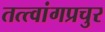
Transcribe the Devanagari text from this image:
तत्त्वांगप्रचुर